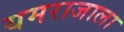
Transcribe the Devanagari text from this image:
यमराजाला